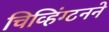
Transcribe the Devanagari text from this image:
चिव्हिंग्टनने